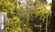
પારની